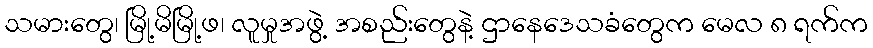
သမားတွေ၊ မြို့မိမြို့ဖ၊ လူမှုအဖွဲ့ အစည်းတွေနဲ့ ဌာနေဒေသခံတွေက မေလ ၈ ရက်က